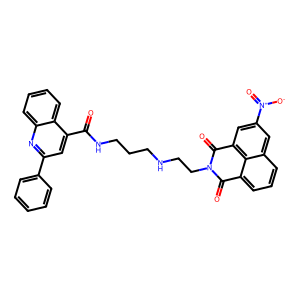
SMILES: O=C(NCCCNCCN1C(=O)c2cccc3cc([N+](=O)[O-])cc(c23)C1=O)c1cc(-c2ccccc2)nc2ccccc12
Inhibits HIV replication: No